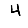
Digit: 4